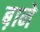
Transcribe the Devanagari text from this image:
ब़ाने